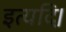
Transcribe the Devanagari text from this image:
इत्यदि।